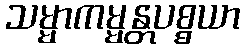
သမ္မာကမ္မန္တပစ္စယာ